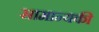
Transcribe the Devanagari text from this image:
सामान्यकी